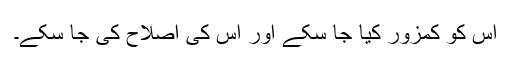
اس کو کمزور کیا جا سکے اور اس کی اصلاح کی جا سکے۔